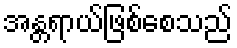
အန္တရာယ်ဖြစ်စေသည်